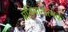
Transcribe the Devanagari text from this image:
प्रतिमानात्मक